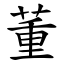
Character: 董